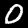
Digit: 0